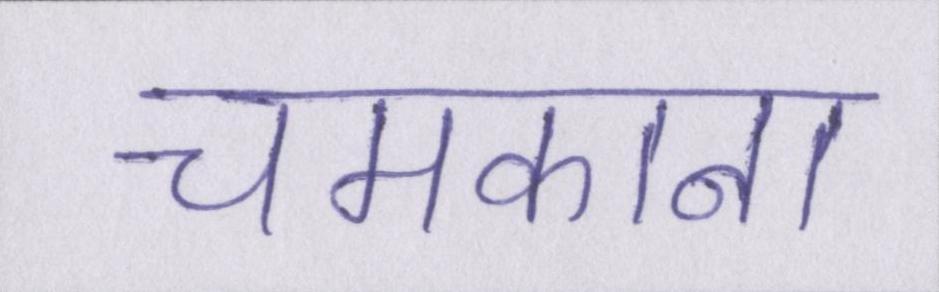
चमकाना